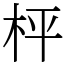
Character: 枰